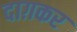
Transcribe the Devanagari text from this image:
दाग़कर